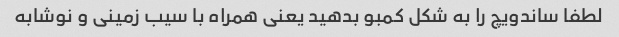
لطفا ساندویچ را به شکل کمبو بدهید یعنی همراه با سیب زمینی و نوشابه